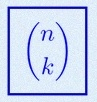
\binom{n}{k}